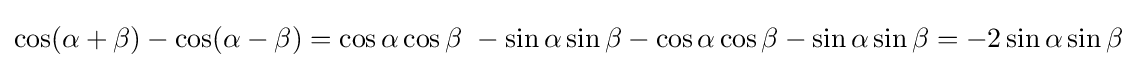
\cos(\alpha +\beta )-\cos(\alpha -\beta )=\cos \alpha \cos \beta \ -\sin \alpha \sin \beta -\cos \alpha \cos \beta -\sin \alpha \sin \beta =-2\sin \alpha \sin \beta